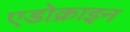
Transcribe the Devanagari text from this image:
एडोक्राइन